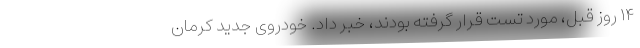
۱۴ روز قبل، مورد تست قرار گرفته بودند، خبر داد. خودروی جدید کرمان